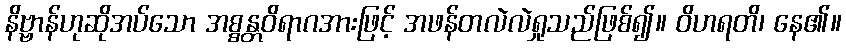
နိဗ္ဗာန်ဟုဆိုအပ်သော အစ္စန္တဝိရာဂအားဖြင့် အဖန်တလဲလဲရှုသည်ဖြစ်၍။ ဝိဟရတိ၊ နေ၏။